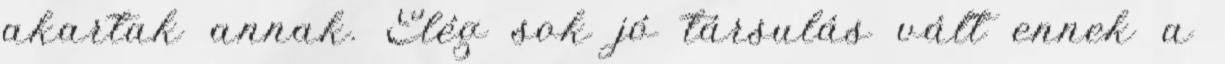
akartak annak. Elég sok jó társulás vált ennek a